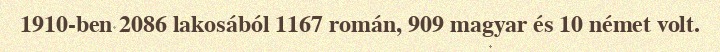
1910-ben 2086 lakosából 1167 román, 909 magyar és 10 német volt.